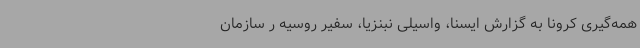
همه‌گیری کرونا به گزارش ایسنا، واسیلی نبنزیا، سفیر روسیه ر سازمان